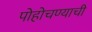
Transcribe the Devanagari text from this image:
पोहोचण्याची